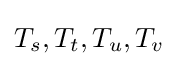
T_{s},T_{t},T_{u},T_{v}